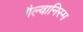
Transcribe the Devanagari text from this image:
गैल्वानिस्म